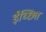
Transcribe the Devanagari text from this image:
ईच्छित